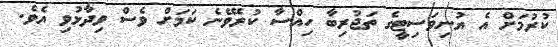
ކުރުމަށް އެ ޔުނިވަސިޓީގެ ތަޖުރިބާ ހިއްސާ ކުރެވޭނެ ކަމަށް ވެސް ވިދާޅުވި އެވެ.